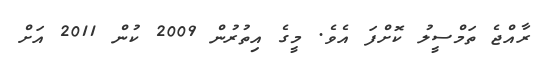
ރާއްޖެ ތަމްސީލު ކޮށްފަ އެވެ. މީގެ އިތުރުން 2009 ކުން 2011 އަށް